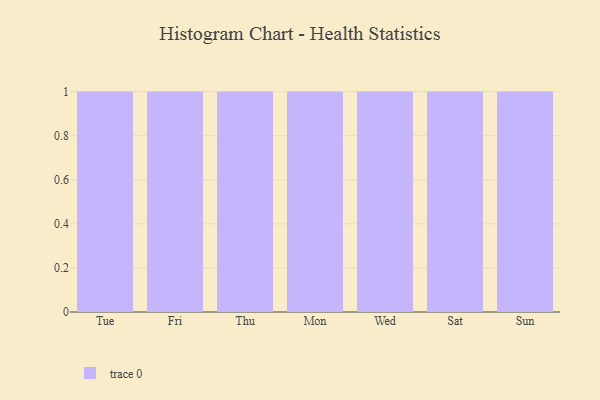
{"axis": {"x": "Day", "y": "Page Views"}, "legend": [""], "data": [{"x": "Tue", "y": 6, "type": ""}, {"x": "Fri", "y": 26, "type": ""}, {"x": "Thu", "y": 31, "type": ""}, {"x": "Mon", "y": 10, "type": ""}, {"x": "Wed", "y": 19, "type": ""}, {"x": "Sat", "y": 85, "type": ""}, {"x": "Sun", "y": 73, "type": ""}]}